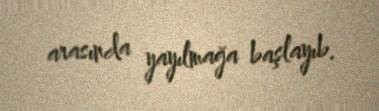
arasında yayılmağa başlayıb.